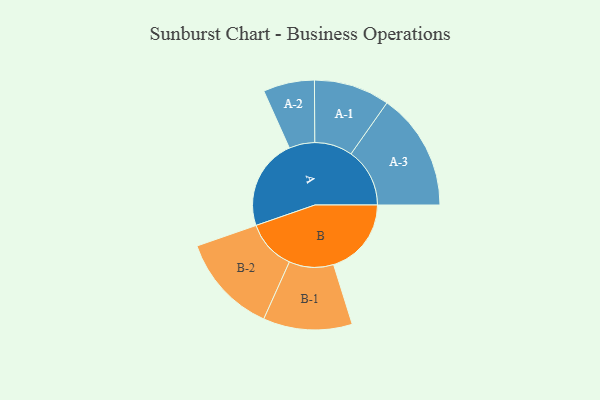
{"axis": {"x": "Segment", "y": "Value"}, "legend": ["", "A", "B"], "data": [{"x": "A", "y": 415, "type": ""}, {"x": "B", "y": 355, "type": ""}, {"x": "A-1", "y": 173, "type": "A"}, {"x": "A-2", "y": 117, "type": "A"}, {"x": "A-3", "y": 268, "type": "A"}, {"x": "B-1", "y": 203, "type": "B"}, {"x": "B-2", "y": 228, "type": "B"}]}